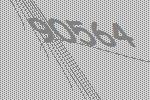
90564